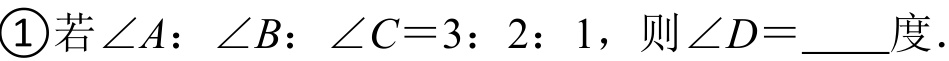
\textcircled{1}若$\angle A:\angle B:\angle C = 3:2:1$，则$\angle D = \_\_\_\_$度.